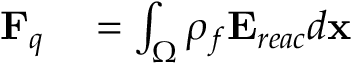
\begin{array} { r l } { \mathbf { F } _ { q } } & { { } = \int _ { \Omega } \rho _ { f } \mathbf { E } _ { r e a c } d \mathbf { x } } \end{array}